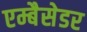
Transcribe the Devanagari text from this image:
एम्बैसेडर